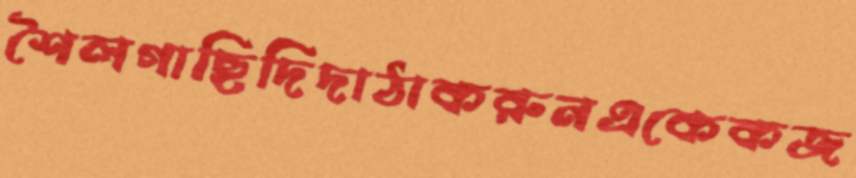
শৈলগাছিদিদাঠাকরুনএকেকজ